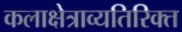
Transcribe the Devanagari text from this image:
कलाक्षेत्राव्यतिरिक्त